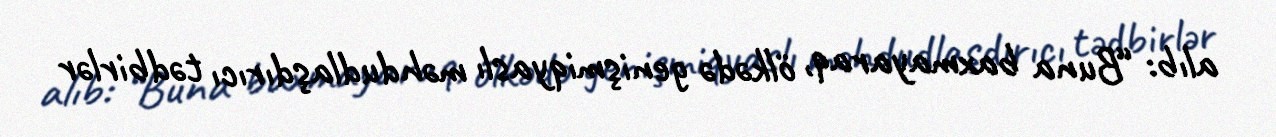
alıb: “Buna baxmayaraq, ölkədə genişmiqyaslı məhdudlaşdırıcı tədbirlər